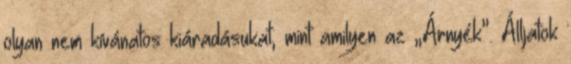
olyan nem kívánatos kiáradásukat, mint amilyen az „Árnyék”. Álljatok